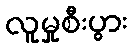
လူမှုစီးပွား